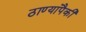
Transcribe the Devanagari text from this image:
ठाण्यांपैकी